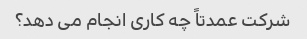
شرکت عمدتاً چه کاری انجام می دهد؟